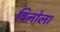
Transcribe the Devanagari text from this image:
बिनोला